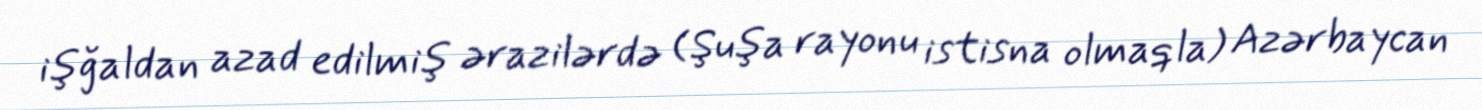
işğaldan azad edilmiş ərazilərdə (Şuşa rayonu istisna olmaqla) Azərbaycan